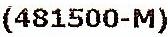
(481500-M)